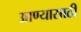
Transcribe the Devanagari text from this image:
आण्यासाठी